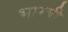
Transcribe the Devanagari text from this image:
भाम्बी